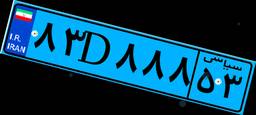
۸۳D۸۸۸۵۳